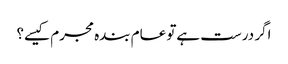
اگر درست ہےتو عام بندہ مجرم کیسے؟